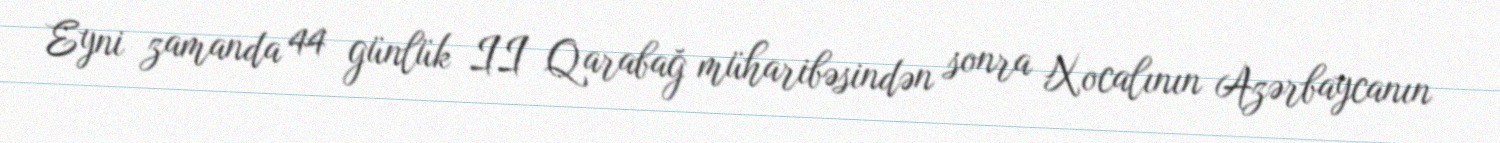
Eyni zamanda 44 günlük II Qarabağ müharibəsindən sonra Xocalının Azərbaycanın